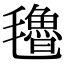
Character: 氌